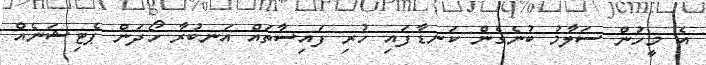
އެ މީހުން ސަލާމު ބުނެގެން ކަނޑާފައި ހުރި ފައިސާތައް އަނބުރާ ހޯދަން ޕެޓިޝަނެއް